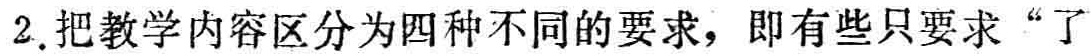
2. 把教学内容区分为四种不同的要求，即有些只要求“了